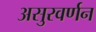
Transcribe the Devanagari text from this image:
असुरवर्णन